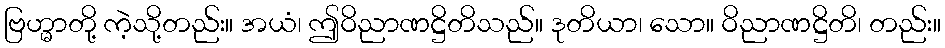
ဗြဟ္မာတို့ ကဲ့သို့တည်း။ အယံ၊ ဤဝိညာဏဋ္ဌိတိသည်။ ဒုတိယာ၊ သော။ ဝိညာဏဋ္ဌိတိ၊ တည်း။